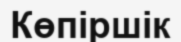
Көпіршік